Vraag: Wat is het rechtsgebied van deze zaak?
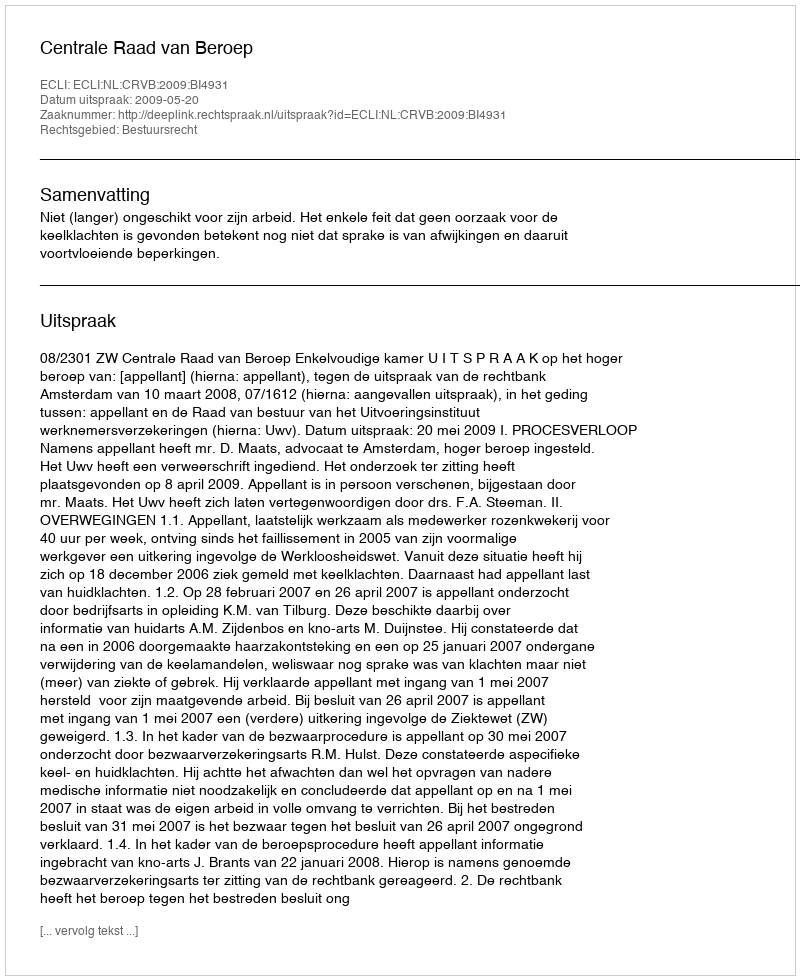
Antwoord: Bestuursrecht